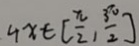
4 x \in [ \frac { \pi } { 2 } , \frac { 3 \pi } { 2 } ]